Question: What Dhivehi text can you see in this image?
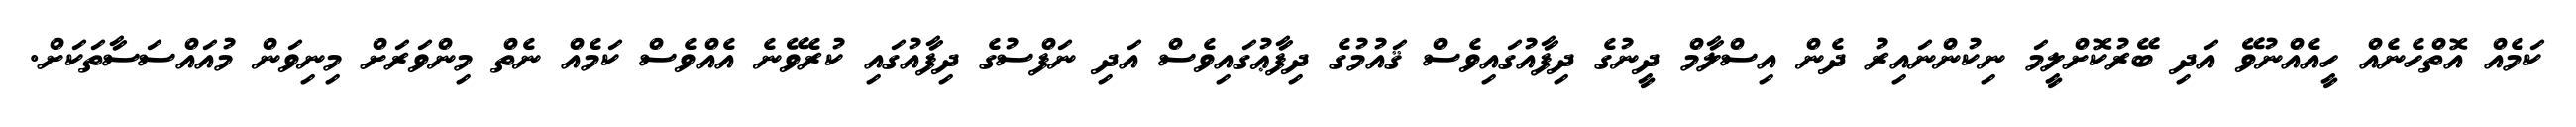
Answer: ކަމެއް އޮތްހެނެއް ހީއެއްނުވޭ އަދި ބޭރުކޮށްލީމަ ނިކުންނައިރު ދެން އިސްލާމް ދީނުގެ ދިފާއުގައިވެސް ޤައުމުގެ ދިފާޢުގައިވެސް އަދި ނަފްސުގެ ދިފާއުގައި ކުރެވޭނެ އެއްވެސް ކަމެއް ނެތް މިންވަރަށް މިނިވަން މުއައްސަސާތަކަށް.